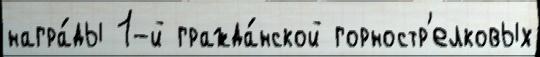
награ́ды 1-й гражда́нской горностр'елковых